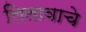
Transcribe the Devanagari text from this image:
लिलावाचे